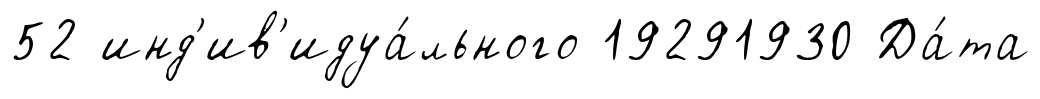
52 инд'ив'идуа́льного 19291930 Да́та